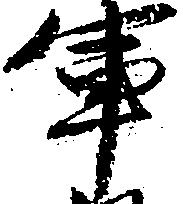
軍